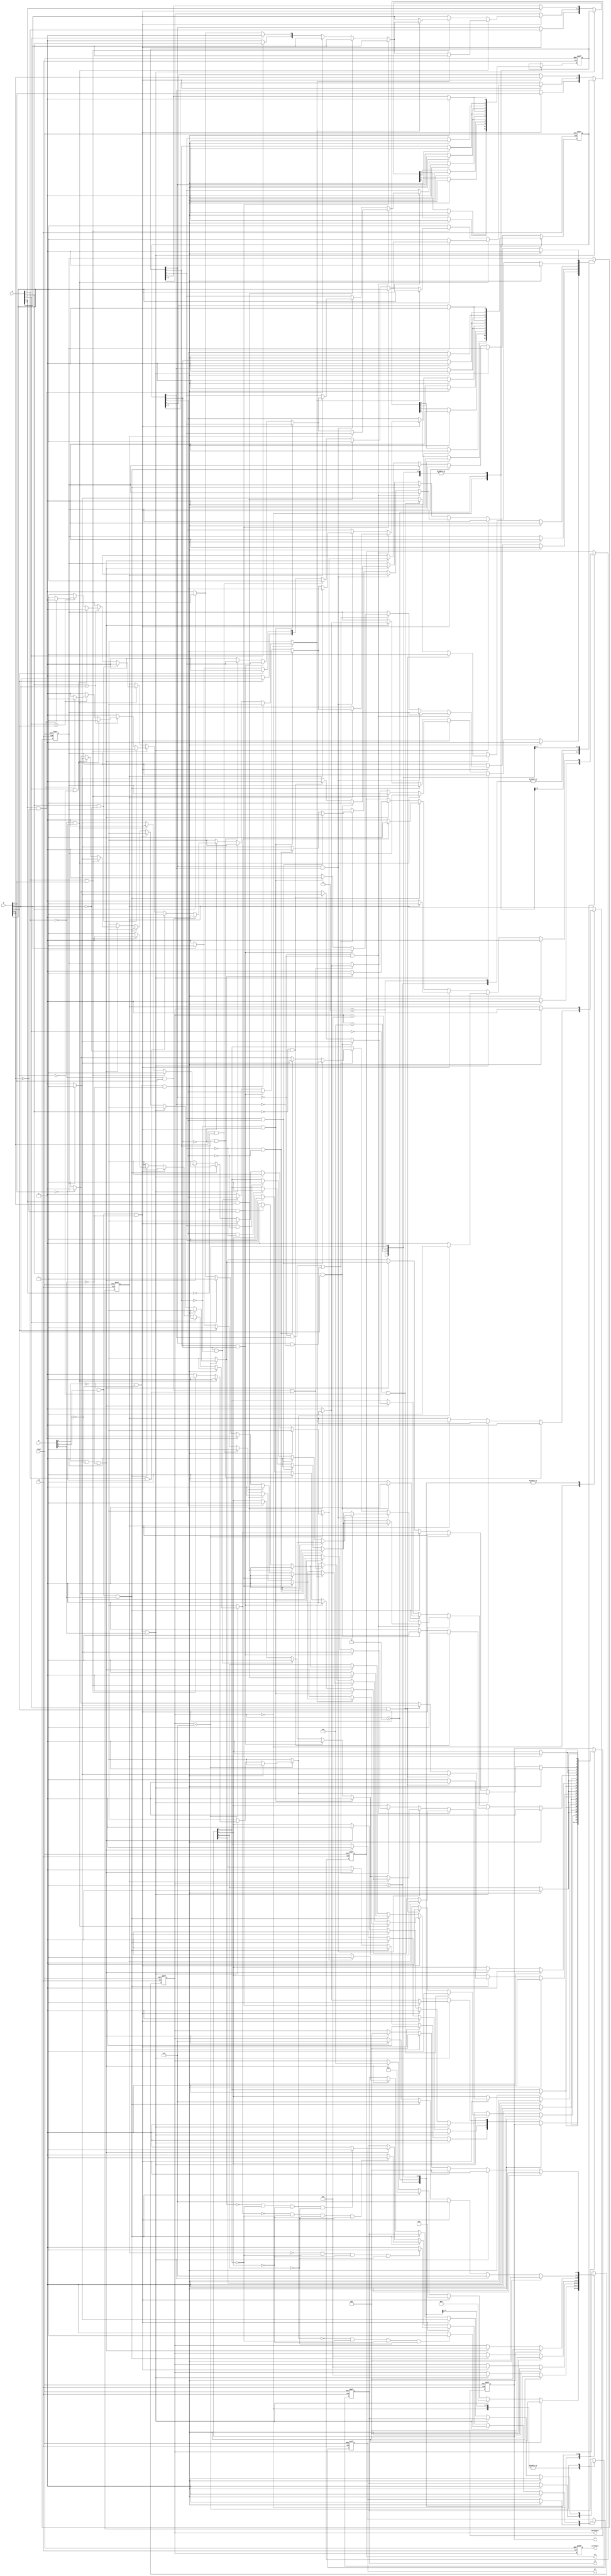
module labproject(clk, reset, w, A, B, currState, nextState, c, zf, sf, cf);

	//inputs
	input clk, reset;
	input [2:0]w; //opcode 3 bit
	input [3:0]A; //inputA 4 bit
 	input [3:0]B; //inputB 4 bit
	
	//outputs
	output reg zf, sf, cf; //flags 1 bit
	output reg [3:0]c; // output 4 bit
	output reg [2:0] currState, nextState; 
	
	reg carryBit; //1 bit to carry around the carry bit
	reg tc3; //to hold temporary c3 value for sub cope code
	reg [3:0]temp, tempB; //1 bit to hold borrowed 1 for Sub op code, temp to modify input A's values
	
	parameter 	reset1 = 3'b000, 
				xnor1 = 3'b001,
				secondBit = 3'b101,
				thirdBit = 3'b110,
				sub1 = 3'b010,  
				nand1= 3'b011, 
				add1 = 3'b100; //states
	
	
	always @(posedge clk, posedge reset)
	begin
		if(reset == 1)
		begin
			currState = reset1; 
			nextState = reset1;
			c[3] = 0;
			c[2] = 0;
			c[1] = 0;
			c[0] = 0;
			cf = 0;
			zf = 0;
			sf = 0;
			carryBit = 0;
			temp[3] = 0;
			temp[2] = 0;
			temp[1] = 0;
			temp[0] = 0;
			tempB[3] = 0;
			tempB[2] = 0;
			tempB[1] = 0;
			tempB[0] = 0;
			tc3 = 0;
			
		end
		else
		begin
			currState = nextState;
			case(currState)
				reset1: if (w[2] == 0 && w[1] == 0 && w[0] == 0)
						begin
							nextState = reset1;
							//c[3] = 0;
							//c[2] = 0;
							//c[1] = 0;
							//c[0] = 0;
							cf = 0;
							zf = 0;
							sf = 0;
							carryBit = 0;
							temp[3] = 0;
							temp[2] = 0;
							temp[1] = 0;
							temp[0] = 0;
							tempB[3] = 0;
							tempB[2] = 0;
							tempB[1] = 0;
							tempB[0] = 0;
							tc3 = 0;
							
						end
						//--------------------------------------------
						else if (w[2] == 0 && w[1] == 0 && w[0] == 1) //xnor part for 1st bit
						begin
							nextState = xnor1;
							c[3] = 0;
							c[2] = 0;
							c[1] = 0;
							c[0] = 0;
							
							if (A[0] == 1'b0 && B[0] == 1'b0) 
							begin
							   c[0] = 1'b1;
							end
							else if (A[0] == 1'b1 && B[0] == 1'b1) 
							begin
							   c[0] = 1'b1;
							end
							else 
							   c[0] = 1'b0;
						end
						//--------------------------------------------
						else if (w[2] == 0 && w[1] == 1 && w[0] == 0) //sub part for 1st bit (A-B)
						begin
							nextState = sub1;
							
							c[3] = 0;
							c[2] = 0;
							c[1] = 0;
							c[0] = 0;
							
							temp[3] = A[3];
							temp[2] = A[2];
							temp[1] = A[1];
							temp[0] = A[0];
							
							tempB[3] = B[3];
							tempB[2] = B[2];
							tempB[1] = B[1];
							tempB[0] = B[0];
							
							if (temp[3] == 1'b0 && tempB[3] == 1'b1) // checking sign bit for A = 0 , B = 1
							begin
							   tc3 = 1'b0; // pos
							end
							else if (temp[3] == 1'b1 && tempB[3] == 1'b0) // A = 1 , B = 0
							begin
							   tc3 = 1'b1; //neg
							end
							else if (temp[3] == 1'b1 && tempB[3] == 1'b1) // A = 1 , B = 1 
							begin
								if (temp[2] == 1'b1 && tempB[2] == 1'b0)
								begin
									tc3 = 1'b1; //neg
								end
								else if (temp[2] == tempB[2])
								begin
									if (temp[1] == 1'b1 && tempB[1] == 1'b0)
									begin
										tc3 = 1'b1; //neg
									end
									else if (temp[1] == tempB[1])
									begin
										if (temp[0] == 1'b1 && tempB[0] == 1'b0)
										begin
											tc3 = 1'b1; //neg
										end
										else
											tc3 = 1'b0; //pos
									end
									else
									begin
										tc3 = 1'b0; //pos
									end
								end
								else
								begin
									tc3 = 1'b0; //pos
								end
							end
							
							else if (temp[3] == 1'b0 && tempB[3] == 1'b0) // A = 0 , B = 0 
							begin
								if (temp[2] == 1'b1 && tempB[2] == 1'b0)
								begin
									tc3 = 1'b0; //pos
								end
								else if (temp[2] == tempB[2])
								begin
									if (temp[1] == 1'b1 && tempB[1] == 1'b0)
									begin
										tc3 = 1'b0; //pos
									end
									else if (temp[1] == tempB[1])
									begin
										if (temp[0] == 1'b1 && tempB[0] == 1'b0)
										begin
											tc3 = 1'b0; //pos
										end
										else
											tc3 = 1'b1; //neg
									end
									else
									begin
										tc3 = 1'b1; //neg
									end
								end
								else
								begin
									tc3 = 1'b1; //neg
								end
							end // sign bit check done
							
							if (temp[3] == 1'b0 && tempB[3] == 1'b0) 
							begin
								if(tc3 == 0) // A = big Pos, B = small Neg  (A-B)
								begin
									if (temp[0] == 1'b0 && tempB[0] == 1'b0) 
									begin
									   c[0] = 1'b0;
									end
									else if (temp[0] == 1'b1 && tempB[0] == 1'b1) 
									begin
									   c[0] = 1'b0;
									end
									else if (temp[0] == 1'b1 && tempB[0] == 1'b0) 
									begin
									   c[0] = 1'b1;
									end
									else
										if (temp[1] == 1'b1)
										begin
											temp[1] = 1'b0;
											c[0] = 1'b1;
										end
										else if (temp[2] == 1'b1)
										begin
											temp[2] = 1'b0;
											temp[1] = 1'b1;
											c[0] = 1'b1;
										end
								end
								else if(tc3 == 1) // A = small Pos, B = big Neg (B-A)
								begin
									if (temp[0] == 1'b0 && tempB[0] == 1'b0) 
									begin
									   c[0] = 1'b0;
									end
									else if (temp[0] == 1'b1 && tempB[0] == 1'b1) 
									begin
									   c[0] = 1'b0;
									end
									else if (tempB[0] == 1'b1 && temp[0] == 1'b0) 
									begin
									   c[0] = 1'b1;
									end
									else
										if (tempB[1] == 1'b1)
										begin
											tempB[1] = 1'b0;
											c[0] = 1'b1;
										end
										else if (B[2] == 1'b1)
										begin
											tempB[2] = 1'b0;
											tempB[1] = 1'b1;
											c[0] = 1'b1;
										end
								end
							end
							else if (temp[3] == 1'b1 && tempB[3] == 1'b1) 
							begin
								if(tc3 == 0) // A = small Neg, B =  big Pos (B-A)
								begin
									if (temp[0] == 1'b0 && tempB[0] == 1'b0) 
									begin
									   c[0] = 1'b0;
									end
									else if (temp[0] == 1'b1 && tempB[0] == 1'b1) 
									begin
									   c[0] = 1'b0;
									end
									else if (tempB[0] == 1'b1 && temp[0] == 1'b0) 
									begin
									   c[0] = 1'b1;
									end
									else
										if (tempB[1] == 1'b1)
										begin
											tempB[1] = 1'b0;
											c[0] = 1'b1;
										end
										else if (B[2] == 1'b1)
										begin
											tempB[2] = 1'b0;
											tempB[1] = 1'b1;
											c[0] = 1'b1;
										end
								end
								else if(tc3 == 1) // A = big Neg, B = small Pos (A-B)
								begin
									if (temp[0] == 1'b0 && tempB[0] == 1'b0) 
									begin
									   c[0] = 1'b0;
									end
									else if (temp[0] == 1'b1 && tempB[0] == 1'b1) 
									begin
									   c[0] = 1'b0;
									end
									else if (temp[0] == 1'b1 && tempB[0] == 1'b0) 
									begin
									   c[0] = 1'b1;
									end
									else
										if (temp[1] == 1'b1)
										begin
											temp[1] = 1'b0;
											c[0] = 1'b1;
										end
										else if (temp[2] == 1'b1)
										begin
											temp[2] = 1'b0;
											temp[1] = 1'b1;
											c[0] = 1'b1;
										end
								end
							end
							//--
							else if ((temp[3] == 1'b0 && tempB[3] == 1'b1) || (temp[3] == 1'b1 && tempB[3] == 1'b0))
							begin
								if (temp[0] == 1'b1 && tempB[0] == 1'b1) 
								begin
								   c[0] = 1'b0;
								   carryBit = 1'b1;
								end
								else if (temp[0] == 1'b0 && tempB[0] == 1'b0) 
								begin
								   c[0] = 1'b0;
								   carryBit = 1'b0;
								end
								else
								begin
								   c[0] = 1'b1;
								   carryBit = 1'b0;
								end
							end
							
						end
						//--------------------------------------------
						else if (w[2] == 0 && w[1] == 1 && w[0] == 1) //nand part for 1st bit
						begin
							nextState = nand1;
							
							c[3] = 0;
							c[2] = 0;
							c[1] = 0;
							c[0] = 0;
							
							if (A[0] == 1'b1 && B[0] == 1'b1) 
							begin
							   c[0] = 1'b0;
							end
							else 
							   c[0] = 1'b1;
						end
						//--------------------------------------------
						else if (w[2] == 1 && w[1] == 0 && w[0] == 0) //add part for 1st bit
						begin
							nextState = add1;
							
							c[3] = 0;
							c[2] = 0;
							c[1] = 0;
							c[0] = 0;
							
							if (A[0] == 1'b1 && B[0] == 1'b1) 
							begin
							   c[0] = 1'b0;
							   carryBit = 1'b1;
							end
							else if (A[0] == 1'b0 && B[0] == 1'b0) 
							begin
							   c[0] = 1'b0;
							   carryBit = 1'b0;
							end
							else
							begin
							   c[0] = 1'b1;
							   carryBit = 1'b0;
							end
						end
						//--------------------------------------------
				//xnor1
				xnor1: 	if (w[2] == 0 && w[1] == 0 && w[0] == 0) 
						begin
							nextState = reset1;
							c[3] = 0;
							c[2] = 0;
							c[1] = 0;
							c[0] = 0;
							cf = 0;
							zf = 0;
							sf = 0;
							carryBit = 0;
							temp[3] = 0;
							temp[2] = 0;
							temp[1] = 0;
							temp[0] = 0;
							tempB[3] = 0;
							tempB[2] = 0;
							tempB[1] = 0;
							tempB[0] = 0;
							tc3 = 0;
						end
						else if (w[2] == 0 && w[1] == 0 && w[0] == 1) //xnor part for 2nd bit
						begin
							nextState = secondBit;
							if (A[1] == 1'b0 && B[1] == 1'b0) 
							begin
							   c[1] = 1'b1;
							end
							else if (A[1] == 1'b1 && B[1] == 1'b1) 
							begin
							   c[1] = 1'b1;
							end
							else 
							   c[1] = 1'b0;
						end
				//sub1:
				sub1: if (w[2] == 0 && w[1] == 0 && w[0] == 0) 
						begin
							nextState = reset1;
							c[3] = 0;
							c[2] = 0;
							c[1] = 0;
							c[0] = 0;
							cf = 0;
							zf = 0;
							sf = 0;
							carryBit = 0;
							temp[3] = 0;
							temp[2] = 0;
							temp[1] = 0;
							temp[0] = 0;
							tempB[3] = 0;
							tempB[2] = 0;
							tempB[1] = 0;
							tempB[0] = 0;
							tc3 = 0;
						end
						//--------------------------------------------
						else if (w[2] == 0 && w[1] == 1 && w[0] == 0) //sub part for 2nd bit 
						begin
							nextState = secondBit;
							if (temp[3] == 1'b0 && tempB[3] == 1'b0) 
							begin
								if(tc3 == 0) // A = big Pos, B = small Neg (A-B)
								begin
									if (temp[1] == 1'b0 && tempB[1] == 1'b0) 
									begin
									   c[1] = 1'b0;
									end
									else if (temp[1] == 1'b1 && tempB[1] == 1'b1) 
									begin
									   c[1] = 1'b0;
									end
									else if (temp[1] == 1'b1 && tempB[1] == 1'b0) 
									begin
									   c[1] = 1'b1;
									end
									else
										if (temp[2] == 1'b1)
										begin
											temp[2] = 1'b0;
											c[1] = 1'b1;
										end
								end
								else if(tc3 == 1) // A = small Pos, B = big Neg (B-A)
								begin
									if (temp[1] == 1'b0 && tempB[1] == 1'b0) 
									begin
									   c[1] = 1'b0;
									end
									else if (temp[1] == 1'b1 && tempB[1] == 1'b1) 
									begin
									   c[1] = 1'b0;
									end
									else if (tempB[1] == 1'b1 && temp[1] == 1'b0) 
									begin
									   c[1] = 1'b1;
									end
									else
										if (tempB[2] == 1'b1)
										begin
											tempB[2] = 1'b0;
											c[1] = 1'b1;
										end
								end
							end
							else if (temp[3] == 1'b1 && tempB[3] == 1'b1) 
							begin
								if(tc3 == 0) // A = small Neg, B =  big Pos (B-A)
								begin
									if (temp[1] == 1'b0 && tempB[1] == 1'b0) 
									begin
									   c[1] = 1'b0;
									end
									else if (temp[1] == 1'b1 && tempB[1] == 1'b1) 
									begin
									   c[1] = 1'b0;
									end
									else if (tempB[1] == 1'b1 && temp[1] == 1'b0) 
									begin
									   c[1] = 1'b1;
									end
									else
										if (tempB[2] == 1'b1)
										begin
											tempB[2] = 1'b0;
											c[1] = 1'b1;
										end
										
								end
								else if(tc3 == 1) // A = big Neg, B = small Pos (A-B)
								begin
									if (temp[1] == 1'b0 && tempB[1] == 1'b0) 
									begin
									   c[1] = 1'b0;
									end
									else if (temp[1] == 1'b1 && tempB[1] == 1'b1) 
									begin
									   c[1] = 1'b0;
									end
									else if (temp[1] == 1'b1 && tempB[1] == 1'b0) 
									begin
									   c[1] = 1'b1;
									end
									else
										if (temp[2] == 1'b1)
										begin
											temp[2] = 1'b0;
											c[1] = 1'b1;
										end
								end
							end
							//--
							else if ((temp[3] == 1'b0 && tempB[3] == 1'b1) || (temp[3] == 1'b1 && tempB[3] == 1'b0))
							begin
								if (temp[1] == 1'b1 && tempB[1] == 1'b1) 
								begin
									if(carryBit==1)
									begin	
									   c[1] = 1'b1;
									   carryBit = 1'b1;
									end
									else
									begin
										c[1] = 1'b0;
										carryBit = 1'b1;
									end
								end
								else if (temp[1] == 1'b0 && tempB[1] == 1'b0) 
								begin
									if(carryBit==1)
									begin	
									   c[1] = 1'b1;
									   carryBit = 1'b0;
									end
									else
									begin
										c[1] = 1'b0;
										carryBit = 1'b0;
									end
								end
								else
								begin
									if(carryBit==1)
									begin	
									   c[1] = 1'b0;
									   carryBit = 1'b1;
									end
									else
									begin
										c[1] = 1'b1;
										carryBit = 1'b0;
									end
								end
							end
							//--
						end
				
				
				//nand1:
				nand1: 	if (w[2] == 0 && w[1] == 0 && w[0] == 0)
						begin
							nextState = reset1;
							c[3] = 0;
							c[2] = 0;
							c[1] = 0;
							c[0] = 0;
							cf = 0;
							zf = 0;
							sf = 0;
							carryBit = 0;
							temp[3] = 0;
							temp[2] = 0;
							temp[1] = 0;
							temp[0] = 0;
							tempB[3] = 0;
							tempB[2] = 0;
							tempB[1] = 0;
							tempB[0] = 0;
							tc3 = 0;
						end
						//------------------------------------------
						else if (w[2] == 0 && w[1] == 1 && w[0] == 1) //nand part for 2nd bit
						begin
							nextState = secondBit;
							if (A[1] == 1'b1 && B[1] == 1'b1) 
							begin
							   c[1] = 1'b0;
							end
							else 
							   c[1] = 1'b1;
						end
						
				//add1:
				add1: if (w[2] == 0 && w[1] == 0 && w[0] == 0)
						begin
							nextState = reset1;
							c[3] = 0;
							c[2] = 0;
							c[1] = 0;
							c[0] = 0;
							cf = 0;
							zf = 0;
							sf = 0;
							carryBit = 0;
							temp[3] = 0;
							temp[2] = 0;
							temp[1] = 0;
							temp[0] = 0;
							tempB[3] = 0;
							tempB[2] = 0;
							tempB[1] = 0;
							tempB[0] = 0;
							tc3 = 0;
						end
					//------------------------------------------
					  else if (w[2] == 1 && w[1] == 0 && w[0] == 0) //add part for 2nd bit
						begin
							nextState = secondBit;
							if (A[1] == 1'b1 && B[1] == 1'b1) 
							begin
								if(carryBit==1)
								begin	
								   c[1] = 1'b1;
								   carryBit = 1'b1;
								end
								else
								begin
									c[1] = 1'b0;
									carryBit = 1'b1;
								end
							end
							else if (A[1] == 1'b0 && B[1] == 1'b0) 
							begin
								if(carryBit==1)
								begin	
								   c[1] = 1'b1;
								   carryBit = 1'b0;
								end
								else
								begin
									c[1] = 1'b0;
									carryBit = 1'b0;
								end
							end
							else
							begin
								if(carryBit==1)
								begin	
								   c[1] = 1'b0;
								   carryBit = 1'b1;
								end
								else
								begin
									c[1] = 1'b1;
									carryBit = 1'b0;
								end
							end
						end
						
				secondBit: 	if (w[2] == 0 && w[1] == 0 && w[0] == 0)
							begin
								nextState = reset1;
								c[3] = 0;
								c[2] = 0;
								c[1] = 0;
								c[0] = 0;
								cf = 0;
								zf = 0;
								sf = 0;
								carryBit = 0;
								temp[3] = 0;
								temp[2] = 0;
								temp[1] = 0;
								temp[0] = 0;
								tempB[3] = 0;
								tempB[2] = 0;
								tempB[1] = 0;
								tempB[0] = 0;
								tc3 = 0;
							end
							//------------------------------------------
							else if (w[2] == 0 && w[1] == 0 && w[0] == 1) //xnor part for 3rd bit
							begin
								nextState = thirdBit;
								if (A[2] == 1'b0 && B[2] == 1'b0) 
								begin
								   c[2] = 1'b1;
								end
								else if (A[2] == 1'b1 && B[2] == 1'b1) 
								begin
								   c[2] = 1'b1;
								end
								else 
								   c[2] = 1'b0;
							end
							//------------------------------------------
							else if (w[2] == 0 && w[1] == 1 && w[0] == 0) //sub part for 3rd bit (A-B)
							begin
								nextState = thirdBit;
								//---
								if (temp[3] == 1'b0 && tempB[3] == 1'b0) 
								begin
									if(tc3 == 0) // A = big Pos, B = small Neg (A-B)
									begin
										if (temp[2] == 1'b0 && tempB[2] == 1'b0) 
										begin
										   c[2] = 1'b0;
										end
										else if (temp[2] == 1'b1 && tempB[2] == 1'b1) 
										begin
										   c[2] = 1'b0;
										end
										else if (temp[2] == 1'b1 && tempB[2] == 1'b0) 
										begin
										   c[2] = 1'b1;
										end
									end
									else if(tc3 == 1) // A = small Pos, B = big Neg (B-A)
									begin
										if (temp[2] == 1'b0 && tempB[2] == 1'b0) 
										begin
										   c[2] = 1'b0;
										end
										else if (temp[2] == 1'b1 && tempB[2] == 1'b1) 
										begin
										   c[2] = 1'b0;
										end
										else if (tempB[2] == 1'b1 && temp[2] == 1'b0) 
										begin
										   c[2] = 1'b1;
										end
									end
								end
								else if (temp[3] == 1'b1 && tempB[3] == 1'b1) 
								begin
									if(tc3 == 0) // A = small Neg, B =  big Pos (B-A)
									begin
										if (temp[2] == 1'b0 && tempB[2] == 1'b0) 
										begin
										   c[2] = 1'b0;
										end
										else if (temp[2] == 1'b1 && tempB[2] == 1'b1) 
										begin
										   c[2] = 1'b0;
										end
										else if (tempB[2] == 1'b1 && temp[2] == 1'b0) 
										begin
										   c[2] = 1'b1;
										end
										
									end
									else if(tc3 == 1) // A = big Neg, B = small Pos (A-B)
									begin
										if (temp[2] == 1'b0 && tempB[2] == 1'b0) 
										begin
										   c[2] = 1'b0;
										end
										else if (temp[2] == 1'b1 && tempB[2] == 1'b1) 
										begin
										   c[2] = 1'b0;
										end
										else if (temp[2] == 1'b1 && tempB[2] == 1'b0) 
										begin
										   c[2] = 1'b1;
										end
									end
								end
								//--
								else if ((temp[3] == 1'b0 && tempB[3] == 1'b1) || (temp[3] == 1'b1 && tempB[3] == 1'b0))
								begin
									if (temp[2] == 1'b1 && tempB[2] == 1'b1) 
									begin
										if(carryBit==1)
										begin	
										   c[2] = 1'b1;
										   carryBit = 1'b1;
										end
										else
										begin
											c[2] = 1'b0;
											carryBit = 1'b1;
										end
									end
									else if (temp[2] == 1'b0 && tempB[2] == 1'b0) 
									begin
										if(carryBit==1)
										begin	
										   c[2] = 1'b1;
										   carryBit = 1'b0;
										end
										else
										begin
											c[2] = 1'b0;
											carryBit = 1'b0;
										end
									end
									else
									begin
										if(carryBit==1)
										begin	
										   c[2] = 1'b0;
										   carryBit = 1'b1;
										end
										else
										begin
											c[2] = 1'b1;
											carryBit = 1'b0;
										end
									end
								end
								//---
							end
							//------------------------------------------
							else if (w[2] == 0 && w[1] == 1 && w[0] == 1) //nand part for 3rd bit
							begin
								nextState = thirdBit;
								if (A[2] == 1'b1 && B[2] == 1'b1) 
								begin
								   c[2] = 1'b0;
								end
								else 
								   c[2] = 1'b1;
							end
							//------------------------------------------
							else if (w[2] == 1 && w[1] == 0 && w[0] == 0) //add part for 3rd bit
							begin
								nextState = thirdBit;
								if (A[2] == 1'b1 && B[2] == 1'b1) 
								begin
									if(carryBit==1)
									begin	
									   c[2] = 1'b1;
									   carryBit = 1'b1;
									end
									else
									begin
										c[2] = 1'b0;
										carryBit = 1'b1;
									end
								end
								else if (A[2] == 1'b0 && B[2] == 1'b0) 
								begin
									if(carryBit==1)
									begin	
									   c[2] = 1'b1;
									   carryBit = 1'b0;
									end
									else
									begin
										c[2] = 1'b0;
										carryBit = 1'b0;
									end
								end
								else
								begin
									if(carryBit==1)
									begin	
									   c[2] = 1'b0;
									   carryBit = 1'b1;
									end
									else
									begin
										c[2] = 1'b1;
										carryBit = 1'b0;
									end
								end
							end
							
					
				thirdBit:   if (w[2] == 0 && w[1] == 0 && w[0] == 0)
							begin
								nextState = reset1;
								c[3] = 0;
								c[2] = 0;
								c[1] = 0;
								c[0] = 0;
								cf = 0;
								zf = 0;
								sf = 0;
								carryBit = 0;
								temp[3] = 0;
								temp[2] = 0;
								temp[1] = 0;
								temp[0] = 0;
								tempB[3] = 0;
								tempB[2] = 0;
								tempB[1] = 0;
								tempB[0] = 0;
								tc3 = 0;
							end
							//------------------------------------------
							else if (w[2] == 0 && w[1] == 0 && w[0] == 1) //xnor part for 4th bit
							begin
								nextState = reset1;
								if (A[3] == 1'b0 && B[3] == 1'b0) 
								begin
								   c[3] = 1'b1;
								end
								else if (A[3] == 1'b1 && B[3] == 1'b1) 
								begin
								   c[3] = 1'b1;
								end
								else 
								   c[3] = 1'b0;
								   
								if (c[3] == 0 && c[2] == 0 && c[1] == 0 && c[0] == 0)//zero flag
								begin
									zf = 1'b1; 
								end
								else
									zf = 1'b0;
									
								if (c[3] == 1) //sign flag
								begin
									sf = 1'b1; 
								end
								else
									sf = 1'b0;
							end
							//------------------------------------------
							else if (w[2] == 0 && w[1] == 1 && w[0] == 0) //sub part for 4th bit (A-B)
							begin
							
								nextState = reset1;
								c[3] = tc3;
								
								if (c[3] == 0 && c[2] == 0 && c[1] == 0 && c[0] == 0)//zero flag
								begin
									zf = 1'b1; 
								end
								else
									zf = 1'b0;
									
								if (c[3] == 1) //sign flag
								begin
									sf = 1'b1; 
								end
								else
									sf = 1'b0;
								//----		
								if (carryBit == 1) //carry flag
								begin
									cf = 1'b1; 
								end
								else
									cf = 1'b0;
							end
							//------------------------------------------
							else if (w[2] == 0 && w[1] == 1 && w[0] == 1) //nand part for 4th bit
							begin
								nextState = reset1;
								if (A[3] == 1'b1 && B[3] == 1'b1) 
								begin
								   c[3] = 1'b0;
								end
								else 
								   c[3] = 1'b1;
								   
								if (c[3] == 0 && c[2] == 0 && c[1] == 0 && c[0] == 0)//zero flag
								begin
									zf = 1'b1; 
								end
								else
									zf = 1'b0;
									
								if (c[3] == 1) //sign flag
								begin
									sf = 1'b1; 
								end
								else
									sf = 1'b0;
								
							end
							//------------------------------------------
							else if (w[2] == 1 && w[1] == 0 && w[0] == 0) //add part for 4th bit
							begin
								nextState = reset1;
								if (A[3] == 1'b1 && B[3] == 1'b1) 
								begin
									if(carryBit==1)
									begin	
									   c[3] = 1'b1;
									   carryBit = 1'b1;
									end
									else
									begin
										c[3] = 1'b0;
										carryBit = 1'b1;
									end
								end
								else if (A[3] == 1'b0 && B[3] == 1'b0) 
								begin
									if(carryBit==1)
									begin	
									   c[3] = 1'b1;
									   carryBit = 1'b0;
									end
									else
									begin
										c[3] = 1'b0;
										carryBit = 1'b0;
									end
								end
								else
								begin
									if(carryBit==1)
									begin	
									   c[3] = 1'b0;
									   carryBit = 1'b1;
									end
									else
									begin
										c[3] = 1'b1;
										carryBit = 1'b0;
									end
								end
								if (c[3] == 0 && c[2] == 0 && c[1] == 0 && c[0] == 0)//zero flag
								begin
									zf = 1'b1; 
								end
								else
									zf = 1'b0;
								//----	
								if (c[3] == 1) //sign flag
								begin
									sf = 1'b1; 
								end
								else
									sf = 1'b0;
								//----		
								if (carryBit == 1) //carry flag
								begin
									cf = 1'b1; 
								end
								else
									cf = 1'b0;
							end
				 
			endcase
		end
		
	end
	
endmodule